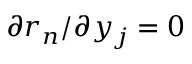
{ \partial r _ { n } } / { \partial y _ { j } } = 0